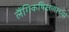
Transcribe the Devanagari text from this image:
लैंगिकषिक्षणाच्या